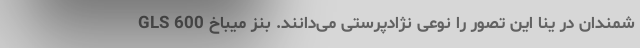
شمندان در ینا این تصور را نوعی نژادپرستی می‌دانند. بنز میباخ GLS 600